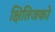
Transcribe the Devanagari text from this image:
क्षितिजको